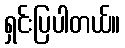
ရှင်းပြပါတယ်။